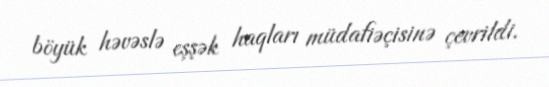
böyük həvəslə eşşək haqları müdafiəçisinə çevrildi.